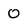
Character: 0